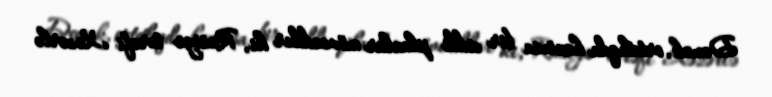
Demək, ortalıqda hansısa bir ciddi planlar mövcuddur ki, Rusiya tərəfi Xəzərlə